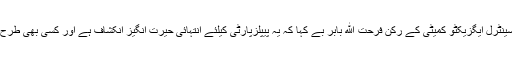
غریب کو اس کا حق ملنا چاہیے آئین سے کوئی بالاتر نہیں ہونا چاہیے‘ پی پی پی کے سینٹرل ایگزیکٹو کمیٹی کے رکن فرحت الله بابر بے کہا کہ یہ پیپلزپارٹی کیلئے انتہائی حیرت انگیز انکشاف ہے اور کسی بھی طرح یہ جائز نہیں ہے اس کی سزا ان لوگوں کو ملنی چاہیے جو اسمیں ملوث پائے گئے ہیں۔